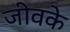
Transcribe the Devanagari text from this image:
जीवके